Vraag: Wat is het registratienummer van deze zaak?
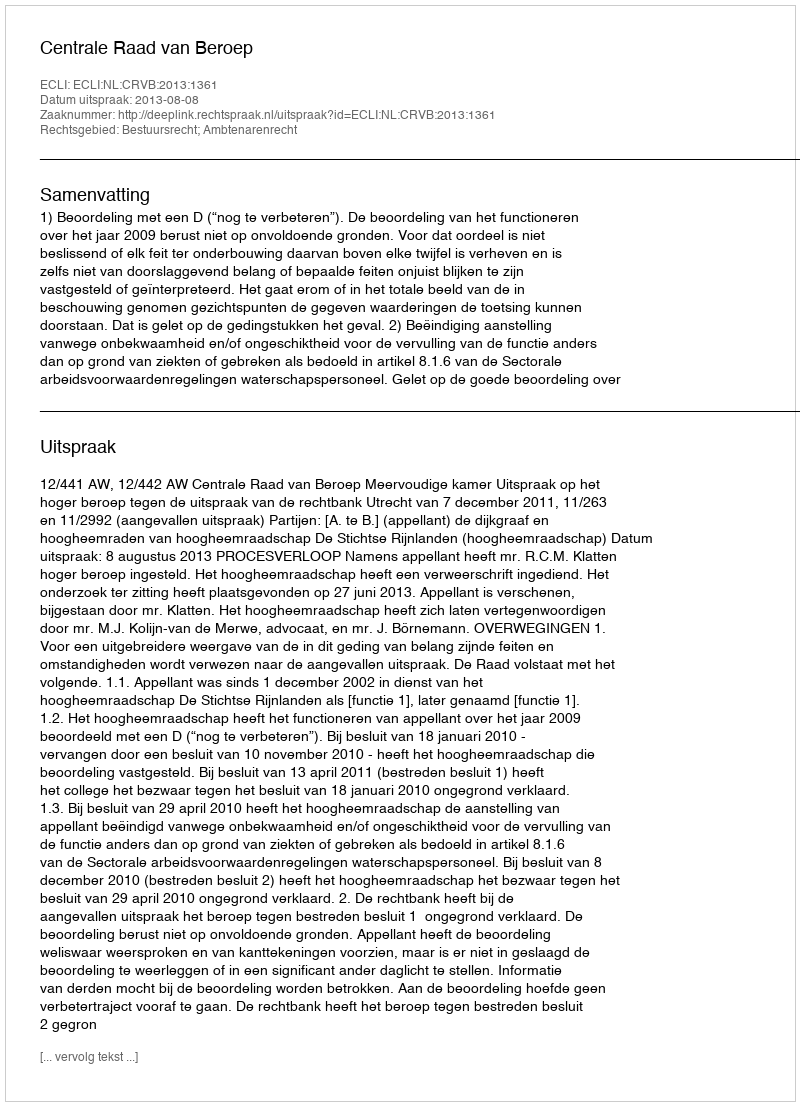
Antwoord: http://deeplink.rechtspraak.nl/uitspraak?id=ECLI:NL:CRVB:2013:1361